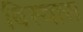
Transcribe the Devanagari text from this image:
बिस्‍वास